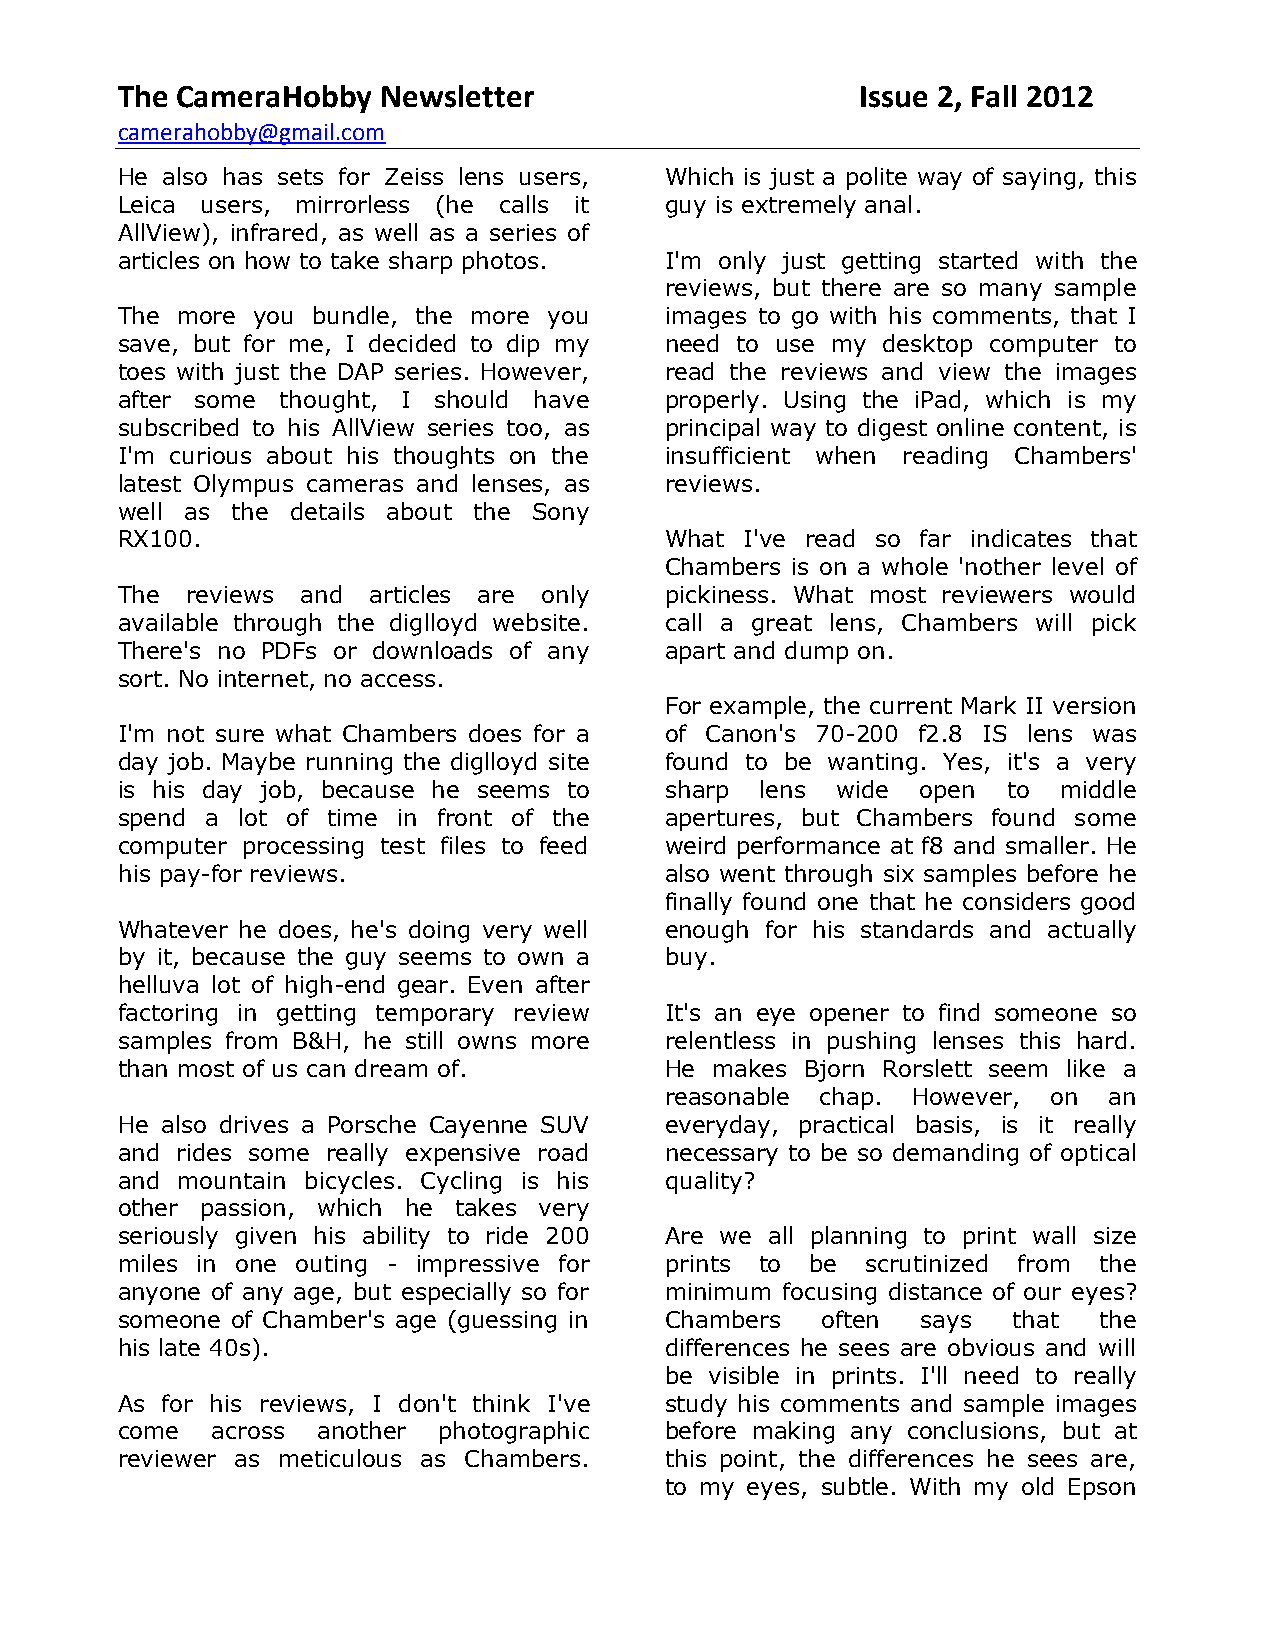
The CameraHobby  Newsletter                      Issue 2, Fall 2012
 camerahobby@gmail.com
 He also has sets for Zeiss lens users, Which is just a polite way of saying, this
 Leica users, mirrorless (he calls it guy is extremely anal.
 AllView), infrared, as well as a series of
 articles on how to take sharp photos. I'm only just getting started with the
 reviews, but there are so many sample
 The more you bundle, the more you   images to go with his comments, that I
 save, but for me, I decided to dip my need to use my desktop computer to
 toes with just the DAP series. However, read the reviews and view the images
 after some thought, I should have   properly. Using the iPad, which is my
 subscribed to his AllView series too, as principal way to digest online content, is
 I'm curious about his thoughts on the insufficient when reading Chambers'
 latest Olympus cameras and lenses, as reviews.
 well as the details about the Sony
 RX100.                              What I've read so far indicates that
 Chambers is on a whole 'nother level of
 The reviews and articles are only   pickiness. What most reviewers would
 available through the diglloyd website. call a great lens, Chambers will pick
 There's no PDFs or downloads of any apart and dump on.
 sort. No internet, no access.
 For example, the current Mark II version
 I'm not sure what Chambers does for a of Canon's 70-200 f2.8 IS lens was
 day job. Maybe running the diglloyd site found to be wanting. Yes, it's a very
 is his day job, because he seems to sharp lens wide  open  to middle
 spend a lot of time in front of the apertures, but Chambers found some
 computer processing test files to feed weird performance at f8 and smaller. He
 his pay-for reviews.                also went through six samples before he
 finally found one that he considers good
 Whatever he does, he's doing very well enough for his standards and actually
 by it, because the guy seems to own a buy.
 helluva lot of high-end gear. Even after
 factoring in getting temporary review It's an eye opener to find someone so
 samples from B&H, he still owns more relentless in pushing lenses this hard.
 than most of us can dream of.       He makes Bjorn Rorslett seem like a
 reasonable chap. However, on an
 He also drives a Porsche Cayenne SUV everyday, practical basis, is it really
 and rides some really expensive road necessary to be so demanding of optical
 and mountain bicycles. Cycling is his quality?
 other passion, which he takes very
 seriously given his ability to ride 200 Are we all planning to print wall size
 miles in one outing - impressive for prints to be scrutinized from the
 anyone of any age, but especially so for minimum focusing distance of our eyes?
 someone of Chamber's age (guessing in Chambers often says  that  the
 his late 40s).                      differences he sees are obvious and will
 be visible in prints. I'll need to really
 As for his reviews, I don't think I've study his comments and sample images
 come  across another photographic   before making any conclusions, but at
 reviewer as meticulous as Chambers. this point, the differences he sees are,
 to my eyes, subtle. With my old Epson